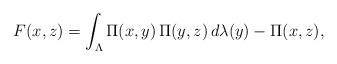
LaTeX: \begin{align*} F(x,z) = \int_\Lambda \Pi(x,y)\,\Pi(y,z)\, d\lambda(y) - \Pi(x,z),\end{align*}